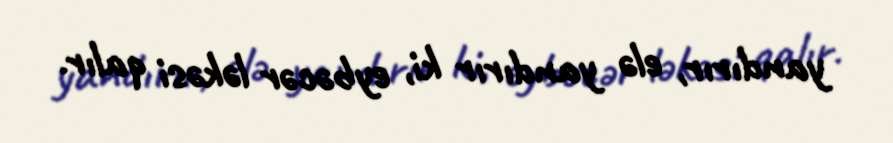
yandırır, elə yandırır ki, eybəcər ləkəsi qalır.